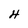
Character: 4